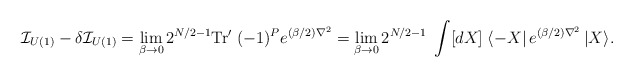
\begin{align*}{\cal I}_{U(1)}-\delta{\cal I}_{U(1)}=\lim_{\beta\rightarrow 0} 2^{N/2-1}{\rm Tr'}\;(-1)^Pe^{(\beta/2)\nabla^2}=\lim_{\beta\rightarrow 0}2^{N/2-1}\; \int [dX]\;\langle -X\vert \,e^{(\beta/2)\nabla^2}\,\vert X\rangle.\end{align*}